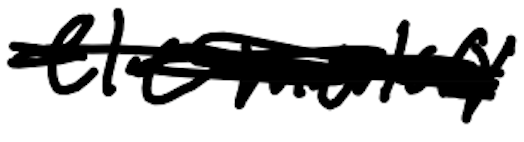
Text: elementary
Cross-out: scratch
Writing tool: digital_black